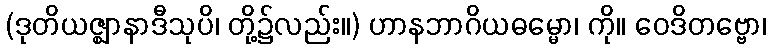
(ဒုတိယဇ္ဈာနာဒီသုပိ၊ တို့၌လည်း။) ဟာနဘာဂိယဓမ္မော၊ ကို။ ဝေဒိတဗ္ဗော၊